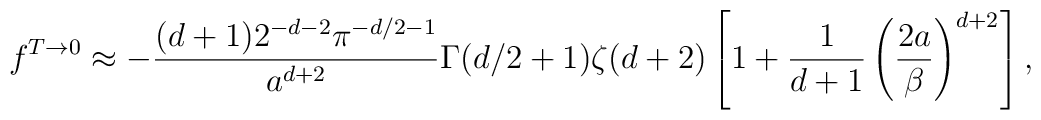
f^{T\to0}\approx-{(d+1)2^{-d-2}\pi^{-d/2-1}\over a^{d+2}}\Gamma(d/2+1)\zeta(d+2)\left[1+{1\over d+1}\left(2 a\over\beta\right)^{d+2}\right],